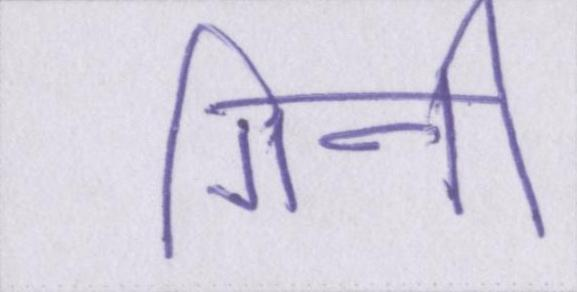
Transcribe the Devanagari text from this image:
गिनी